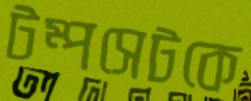
টম্পসেটকে